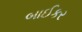
બાઈકર